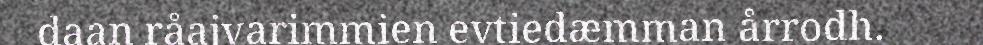
daan råajvarimmien evtiedæmman årrodh.